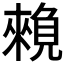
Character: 𧡽